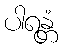
ပါရန္တံ